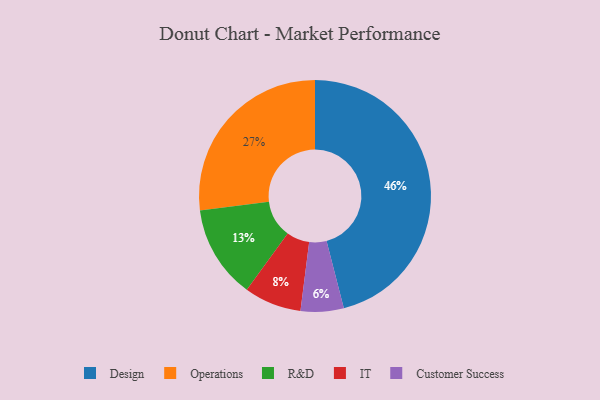
{"axis": {"x": "Category", "y": "Percentage"}, "legend": ["Customer Success", "Design", "IT", "Operations", "R&D"], "data": [{"x": "R&D", "y": 13, "type": "R&D"}, {"x": "IT", "y": 8, "type": "IT"}, {"x": "Operations", "y": 27, "type": "Operations"}, {"x": "Design", "y": 46, "type": "Design"}, {"x": "Customer Success", "y": 6, "type": "Customer Success"}]}